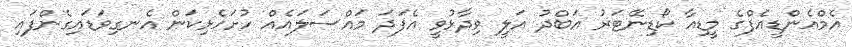
އެމްއެންޑީއެފްގެ މީޑިއާ ކޯޑިނޭޓަރު އަބްދު އަލީ ވިދާޅުވީ އެފަދަ މައްސަލައެއް ހުށަހެޅިކަން އެނގިވަޑައިގެންފައި